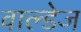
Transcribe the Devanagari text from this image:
वाल्डेज